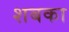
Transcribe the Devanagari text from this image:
शबका